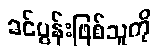
ခင်ပွန်းဖြစ်သူကို